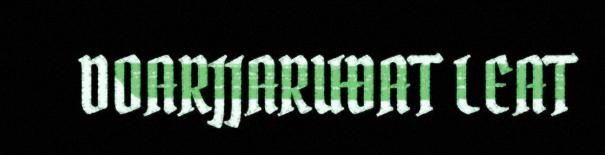
DOARJJARUĐAT LEAT